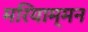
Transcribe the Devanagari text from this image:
मरियाम्मन